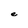
Character: e